Leaving Certificate Examination, 1914
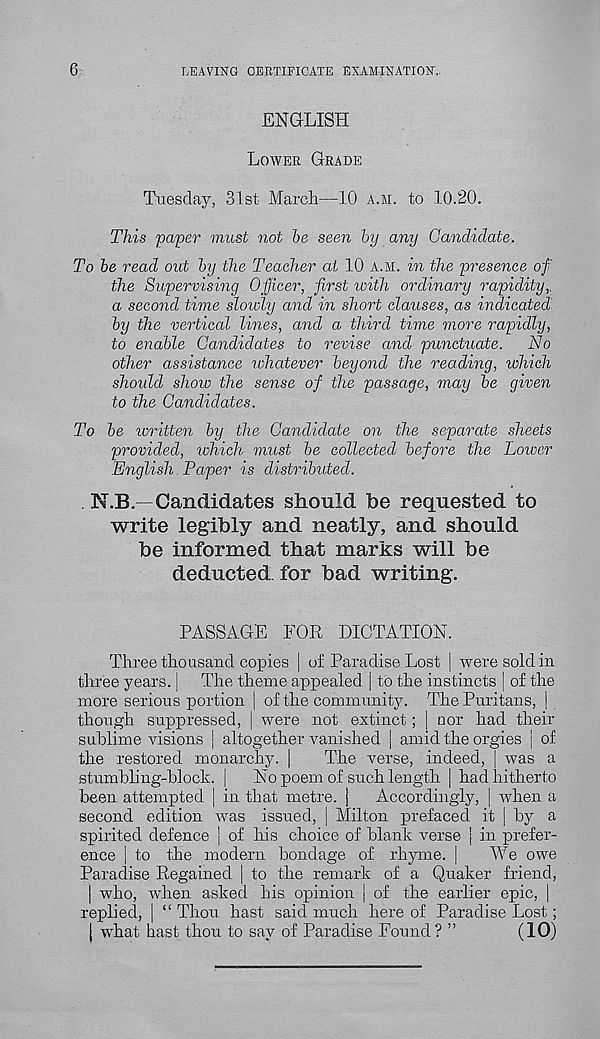
6
LEAVING CERTIFICATE EXAMINATION..
ENGLISH
LOWER GRADE
Tuesday, 31st March—10 A.M. to 10.20.
This paper must not be seen by any Candidate.
To be read out by the Teacher at 10 A.M. in the presence of
the Supervising Officer, first with ordinary rapidity,,
a second time slowly and in short clauses, as indicated.
by the vertical lines, and a third time more rapidly,
to enable Candidates to revise and punctuate. No
other assistance whatever beyond the reading, which
should show the sense of the passage, may be given
to the Candidates.
To be ivritten by the Candidate on the separate sheets
provided, which must be collected before the Loioer
English. Paper is distributed.
N.B—Candidates should be requested to
write legibly and neatly, and should
be informed that marks will be
deducted, for bad writing.
PASSAGE FOR DICTATION.
Three thousand copies | of Paradise Lost j were sold in
three years. | The theme appealed | to the instincts | of the
more serious portion j of the community. The Puritans, |
though suppressed, | were not extinct; | nor had their
sublime visions | altogether vanished | amid the orgies | of
the restored monarchy. |
The verse, indeed, | was a
stumbling-block. | No poem of such length | had hitherto
been attempted | in that metre, j Accordingly, | when a
second edition was issued, | Milton prefaced it j by a
spirited defence ] of his choice of blank verse j in prefer-
ence | to the modern bondage of rhyme. |
We owe
Paradise Regained | to the remark of a Quaker friend,
| who, when asked his opinion i of the earlier epic, |
replied, | “ Thou, hast said much here of Paradise Lost;
j wdiat hast thou to say of Paradise Found ? ”
(10)